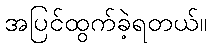
အပြင်ထွက်ခဲ့ရတယ်။